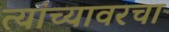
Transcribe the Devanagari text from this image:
त्यांच्यावरचा